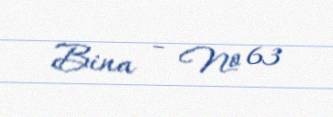
Bina - № 63